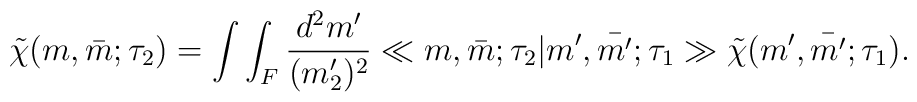
\tilde{\chi}(m,\bar{m};\tau_{2})=\int\int_{F}\frac{d^{2}m'}{(m'_{2})^{2}}\ll m,\bar{m};\tau_{2}|m',\bar{m'};\tau_{1}\gg\tilde{\chi}(m',\bar{m'};\tau_{1}).